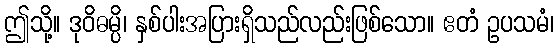
ဤသို့။ ဒုဝိဓမ္ပိ၊ နှစ်ပါးအပြားရှိသည်လည်းဖြစ်သော။ ဧတံ ဥပသမံ၊